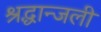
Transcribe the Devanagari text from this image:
श्रद्धान्जली